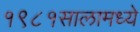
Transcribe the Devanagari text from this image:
१९८१सालामध्ये